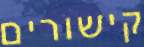
קישורים